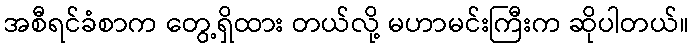
အစီရင်ခံစာက တွေ့ရှိထား တယ်လို့ မဟာမင်းကြီးက ဆိုပါတယ်။